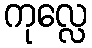
ကုလ္လေ